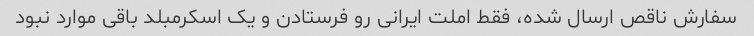
سفارش ناقص ارسال شده، فقط املت ایرانی رو فرستادن و یک اسکرمبلد باقی موارد نبود